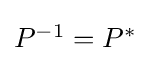
{\textstyle P^{-1}=P^{*}}